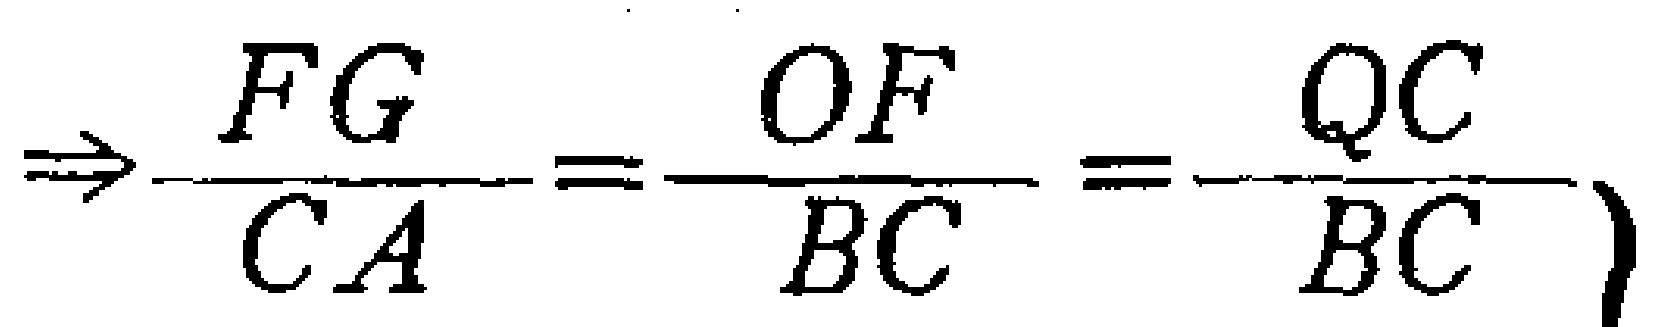
$\Rightarrow\frac{FG}{CA}=\frac{OF}{BC}=\frac{QC}{BC}\}$